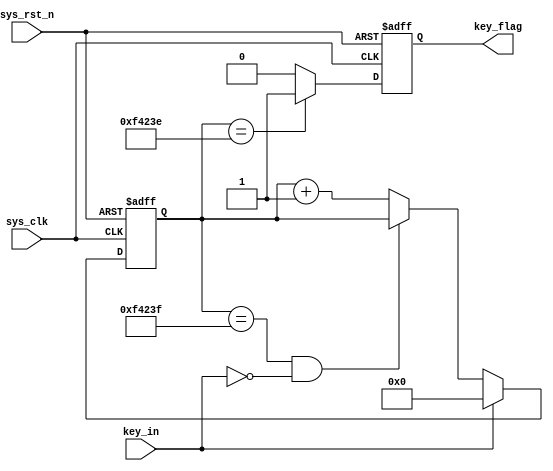
module  key_filter
#(
    parameter CNT_MAX = 20'd999_999 //
)
(
    input   wire    sys_clk     ,   //50Mhz
    input   wire    sys_rst_n   ,   //
    input   wire    key_in      ,   //

    output  reg     key_flag        //key_flag1
                                    //key_flag0
);


reg     [19:0]  cnt_20ms    ;   //



//cnt_20ms:
always@(posedge sys_clk or negedge sys_rst_n)
    if(sys_rst_n == 1'b0)
        cnt_20ms <= 20'b0;
    else    if(key_in == 1'b1)
        cnt_20ms <= 20'b0;
    else    if(cnt_20ms == CNT_MAX && key_in == 1'b0)
        cnt_20ms <= cnt_20ms;
    else
        cnt_20ms <= cnt_20ms + 1'b1;

//key_flag:20ms
//key_flag999_999,
always@(posedge sys_clk or negedge sys_rst_n)
    if(sys_rst_n == 1'b0)
        key_flag <= 1'b0;
    else    if(cnt_20ms == CNT_MAX - 1'b1)
        key_flag <= 1'b1;
    else
        key_flag <= 1'b0;

endmodule